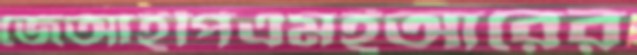
জেআইপিএমইআরের